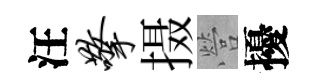
汪擎摄營擾